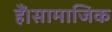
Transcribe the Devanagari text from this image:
हैं।सामाजिक